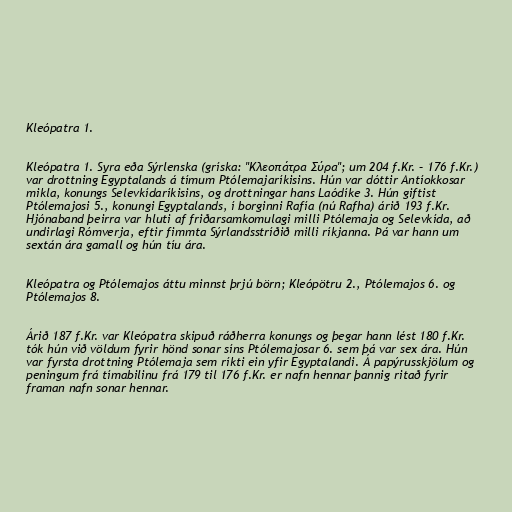
Kleópatra 1.

Kleópatra 1. Syra eða Sýrlenska (gríska: "Κλεοπάτρα Σύρα"; um 204 f.Kr. – 176 f.Kr.)
var drottning Egyptalands á tímum Ptólemajaríkisins. Hún var dóttir Antíokkosar
mikla, konungs Selevkídaríkisins, og drottningar hans Laódíke 3. Hún giftist
Ptólemajosi 5., konungi Egyptalands, í borginni Rafía (nú Rafha) árið 193 f.Kr.
Hjónaband þeirra var hluti af friðarsamkomulagi milli Ptólemaja og Selevkída, að
undirlagi Rómverja, eftir fimmta Sýrlandsstríðið milli ríkjanna. Þá var hann um
sextán ára gamall og hún tíu ára.

Kleópatra og Ptólemajos áttu minnst þrjú börn; Kleópötru 2., Ptólemajos 6. og
Ptólemajos 8.

Árið 187 f.Kr. var Kleópatra skipuð ráðherra konungs og þegar hann lést 180 f.Kr.
tók hún við völdum fyrir hönd sonar síns Ptólemajosar 6. sem þá var sex ára. Hún
var fyrsta drottning Ptólemaja sem ríkti ein yfir Egyptalandi. Á papýrusskjölum og
peningum frá tímabilinu frá 179 til 176 f.Kr. er nafn hennar þannig ritað fyrir
framan nafn sonar hennar.